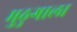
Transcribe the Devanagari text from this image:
मुठुगाला